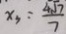
x _ { 3 } = \frac { 4 \sqrt { 7 } } { 7 }